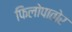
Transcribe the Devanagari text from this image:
फिलोपातोर